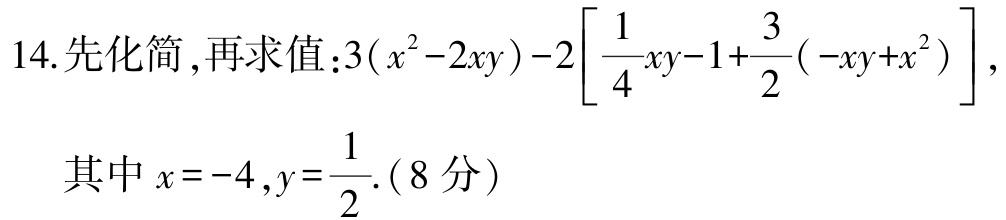
14. 先化简 ,再求值：\(3(x^{2}-2xy)-2\left[\frac{1}{4}xy - 1+\frac{3}{2}(-xy + x^{2})\right]\),
其中\(x = -4,y=\frac{1}{2}\).（8 分）